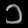
Digit: ၁